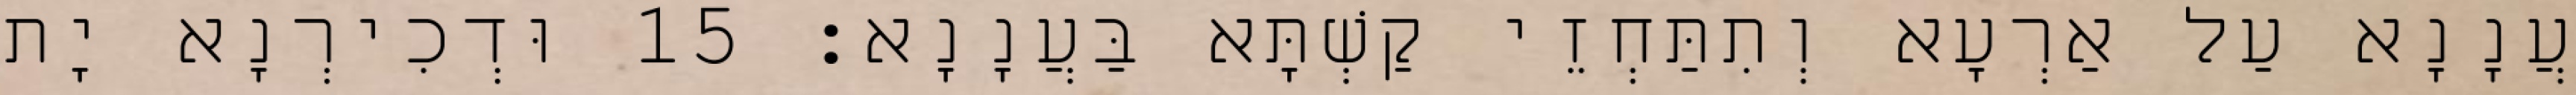
עֲנָנָא עַל אַרְעָא וְתִתַּחְזֵי קַשְׁתָּא בַּעֲנָנָא׃ 15 וּדְכִירְנָא יָת